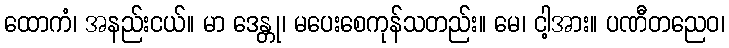
ထောကံ၊ အနည်းငယ်။ မာ ဒေန္တု၊ မပေးစေကုန်သတည်း။ မေ၊ ငါ့အား။ ပဏီတညေဝ၊